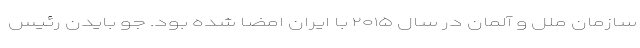
سازمان ملل و آلمان در سال ۲۰۱۵ با ایران امضا شده بود. جو بایدن رئیس